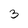
Character: 3